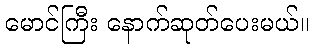
မောင်ကြီး နောက်ဆုတ်ပေးမယ်။